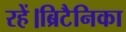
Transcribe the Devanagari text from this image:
रहें।ब्रिटैनिका